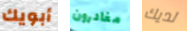
أبويك مغادرون لديك